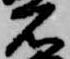
名